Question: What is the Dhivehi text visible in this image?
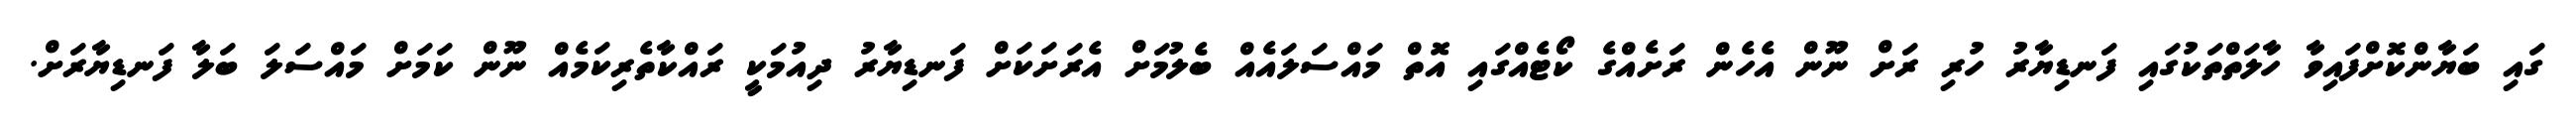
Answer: ގައި ބަޔާންކޮށްފައިވާ ހާލަތްތަކުގައި ފަނޑިޔާރު ހުރި ރަށް ނޫން އެހެން ރަށެއްގެ ކޯޓެއްގައި އޮތް މައްސަލައެއް ބެލުމަށް އެރަށަކަށް ފަނޑިޔާރު ދިއުމަކީ ރައްކާތެރިކަމެއް ނޫން ކަމަށް މައްސަލަ ބަލާ ފަނޑިޔާރަށް.